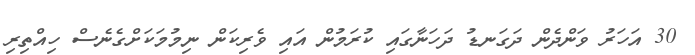
30 އަހަރު ވަންދެން ދަގަނޑު ދަހަނާގައި ކުރަމުން އައި ވެރިކަން ނިމުމަކަށްގެނެސް ހިއްތިރި